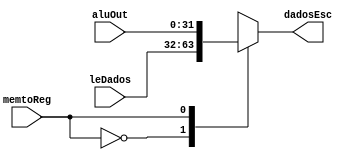
module muxData (input wire [31:0] leDados, input wire [31:0] aluOut, input wire memtoReg, output wire [31:0] dadosEsc);
	
	reg [31:0] dE;
	
	always @(memtoReg or leDados or aluOut)
	begin
		case(memtoReg)
			0: dE <= leDados;
			1: dE <= aluOut;
			default: dE <= 0;
		endcase
	end
	
	assign dadosEsc = dE;

endmodule

//modulo q define qual valor  passado para o banco de registradores